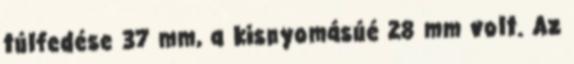
túlfedése 37 mm, a kisnyomásúé 28 mm volt. Az